Document type: Inventory
Year: 1295
Scribe: Pere Marc
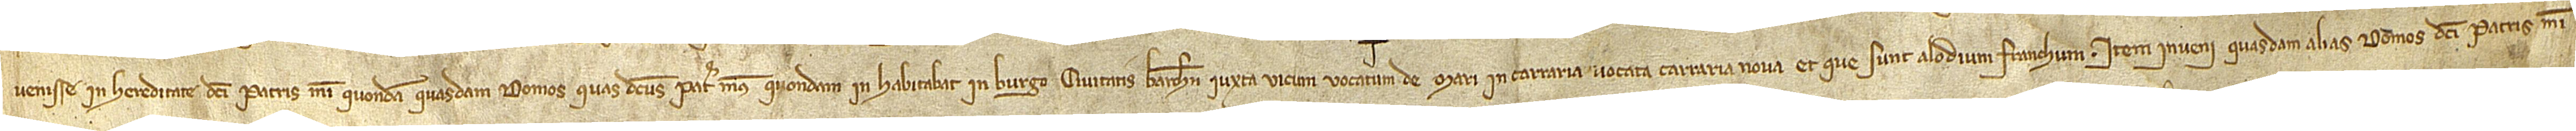
venisse in hereditate dicti patris mei, quondam, quasdam domos quas dictus pater meus, quondam, inhabitabat in burgo civitatis Barchinone, iuxta vicum vocatum de Mari, in carraria bocata Carraria Nova, et que sunt alodium franchum. Item, inveni quasdam alias domos dicti patris mei,